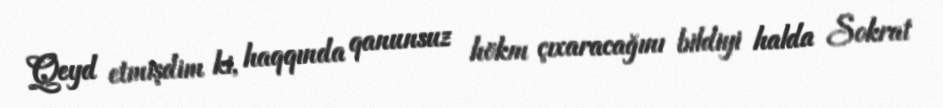
Qeyd etmişdim ki, haqqında qanunsuz hökm çıxaracağını bildiyi halda Sokrat